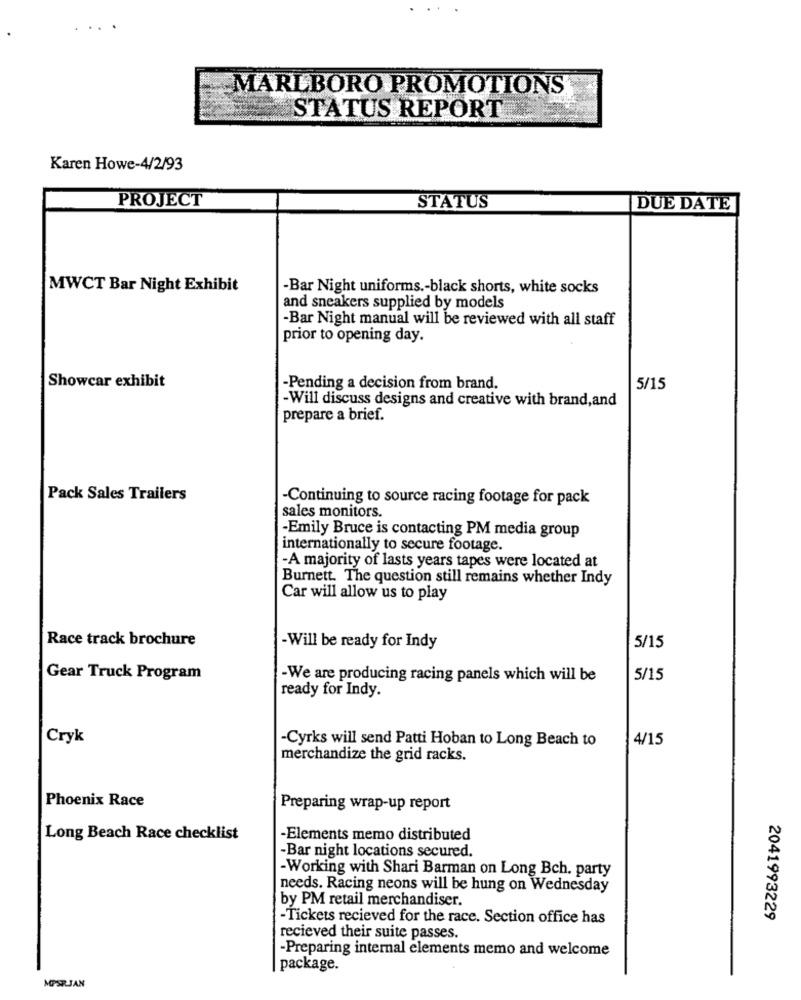
MARLBORO PROMOTIONS
STATUS REPORT
Karen Howe-4/2/93
PROJECT
STATUS
DUE DATE
MWCT Bar Night Exhibit
-Bar Night uniforms .- black shorts, white socks
and sneakers supplied by models
-Bar Night manual will be reviewed with all staff
prior to opening day.
Showcar exhibit
Pending a decision from brand.
5/15
-Will discuss designs and creative with brand,and
prepare a brief.
Pack Sales Trailers
-Continuing to source racing footage for pack
sales monitors.
-Emily Bruce is contacting PM media group
internationally to secure footage.
-A majority of lasts years tapes were located at
Burnett. The question still remains whether Indy
Car will allow us to play
Race track brochure
-Will be ready for Indy
5/15
Gear Truck Program
-We are producing racing panels which will be
5/15
ready for Indy.
Cryk
-Cyrks will send Patti Hoban to Long Beach to
4/15
merchandize the grid racks.
Phoenix Race
Preparing wrap-up report
Long Beach Race checklist
-Elements memo distributed
-Bar night locations secured.
-Working with Shari Barman on Long Bch. party
needs. Racing neons will be hung on Wednesday
by PM retail merchandiser.
-Tickets recieved for the race. Section office has
2041993229
recieved their suite passes.
-Preparing internal elements memo and welcome
package.
MOPSRJAN